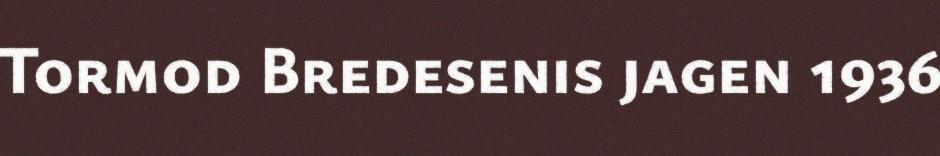
Tormod Bredesenis jagen 1936